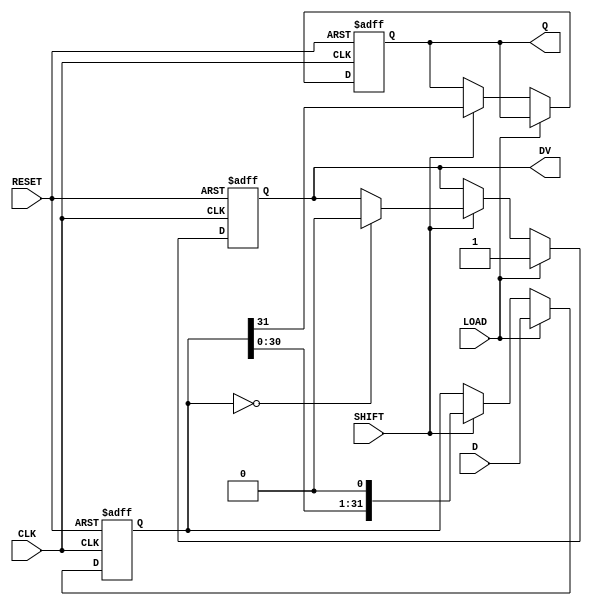
module PISO_Register (
    input  wire [31:0] D,      // 32-bit parallel data input
    input  wire LOAD,          // Load control signal
    input  wire SHIFT,         // Shift control signal
    input  wire CLK,           // Clock signal
    input  wire RESET,         // Asynchronous reset signal
    output reg  Q,             // Serial output
    output reg  DV             // Data valid output
);

    reg [31:0] shift_reg;      // Internal shift register

    always @(posedge CLK or posedge RESET) begin
        if (RESET) begin
            // Clear shift register and output on reset
            shift_reg <= 32'b0;
            Q <= 1'b0;
            DV <= 1'b0;
        end else begin
            if (LOAD) begin
                // Load data into the shift register
                shift_reg <= D;
                DV <= 1'b1; // Data is valid after loading
            end else if (SHIFT) begin
                // Shift data out serially
                Q <= shift_reg[31]; // Output the MSB
                shift_reg <= {shift_reg[30:0], 1'b0}; // Shift left
                if (shift_reg == 32'b0) begin
                    DV <= 1'b0; // No valid data when finished shifting
                end
            end
        end
    end

endmodule